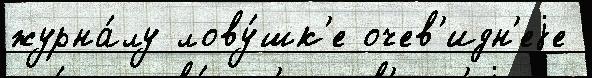
журна́лу лову́шк'е очев'идн'еjе